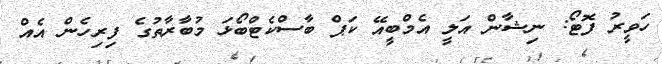
ހަވީރު ފޮޓޯ: ނިޝާން އަލީ އެމްބީއޭ ކަޕް ބާސްކެޓްބޯޅަ މުބާރާތުގެ ފިރިހެން އެއް